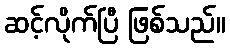
ဆင့်လိုက်ပြီ ဖြစ်သည်။